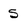
Character: 5